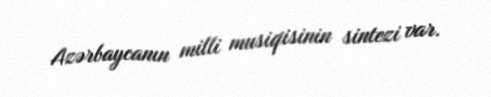
Azərbaycanın milli musiqisinin sintezi var.